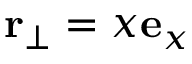
\mathbf { r } _ { \perp } = x \mathbf { e } _ { x }